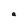
Character: a